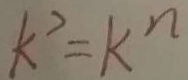
k ^ { 7 } = k ^ { n }